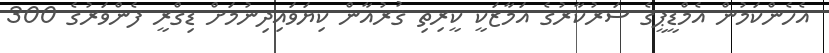
އެހެންކަމުން އެމްޑީޕީގެ ސަރުކާރުގެ އަމާޒަކީ ކީރިތި ޤުރުއާން ކިޔަވައިދިނުމަށް ޑިގްރީ ފެންވަރުގެ 300